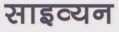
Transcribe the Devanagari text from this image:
साइव्यन